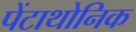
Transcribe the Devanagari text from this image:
पेंटाथोनिक